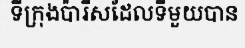
ទីក្រុងប៉ារីសដែលទីមួយបាន